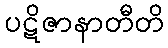
ပဋိဇာနာတီတိ